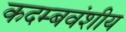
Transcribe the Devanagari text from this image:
कदम्बवंशीय